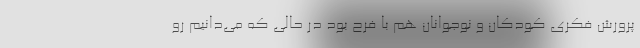
پرورش فکری کودکان و نوجوانان هم با فرح بود در حالی که می‌دانیم رو